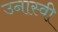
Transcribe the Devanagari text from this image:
उनास्वी